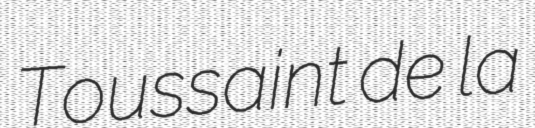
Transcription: Toussaint de la